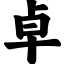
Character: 卓